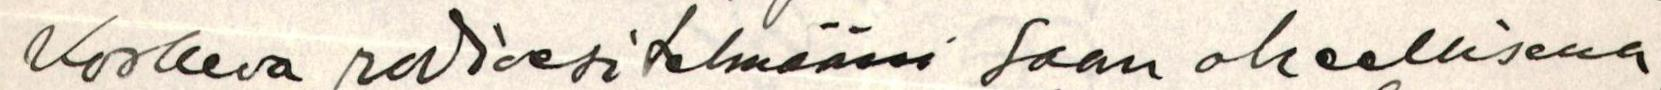
Koskeva radioesitelmääni Saan ohellisena